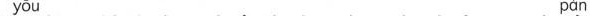
yōu pàn